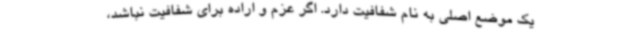
یک موضع اصلی به نام شفافیت دارد. اگر عزم و اراده برای شفافیت نباشد،